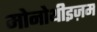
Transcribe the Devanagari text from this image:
मोनोथीइज़म